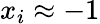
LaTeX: x_{i}\approx-1